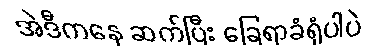
အဲဒီကနေ ဆက်ပြီး ခြေရာခံရုံပါပဲ